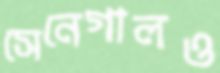
সেনেগালও